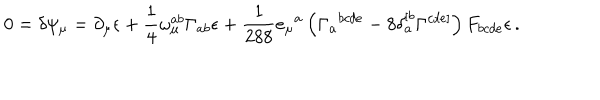
LaTeX: 0 = \delta \psi _ { \mu } = \partial _ { \mu } \epsilon + \frac 1 4 \omega _ { \mu } ^ { a b } \Gamma _ { a b } \epsilon + \frac 1 { 2 8 8 } e _ { \mu } { } ^ { a } \left( \Gamma _ { a } { } ^ { b c d e } - 8 \delta _ { a } ^ { [ b } \Gamma ^ { c d e ] } \right) F _ { b c d e } \epsilon \, .